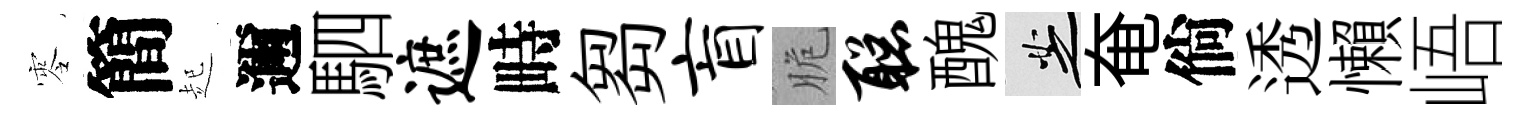
零簡起邇駟遮畤芻盲脆聪醜芝奄倘透懶峿